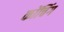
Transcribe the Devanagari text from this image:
कोंचिंग